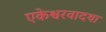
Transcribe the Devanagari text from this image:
एकेश्वरवादथा